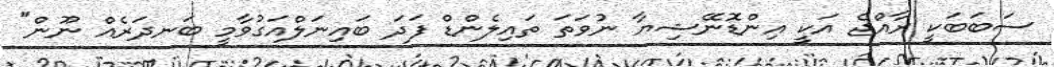
ސަބަބަކީ ރާއްޖެ އަކީ އިންޑޮނޭޝިޔާ ނުވަތަ ތައިލެންޑް ފަދަ ބައިނަލްއަގުވާމީ ބަނދަރެއް ނޫން"